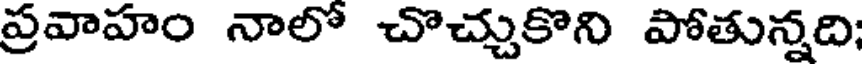
ప్రవాహం నాలో చొచ్చుకొని పోతున్నది;